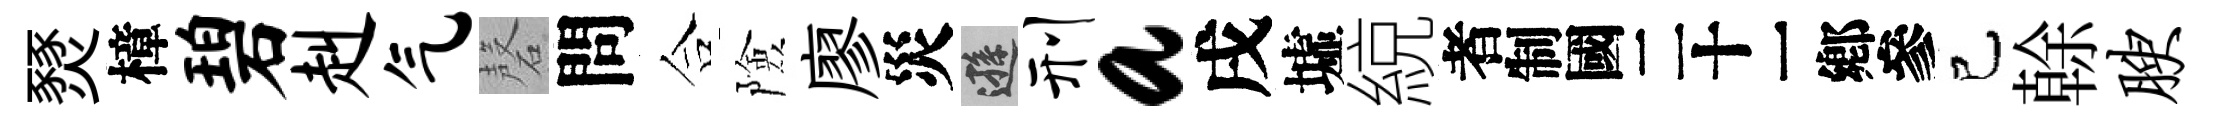
燹樟碧赳气磬問合險廖災遜刑a戌墟綂识己𠏉腴